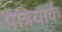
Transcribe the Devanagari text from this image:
पेत्रियार्क